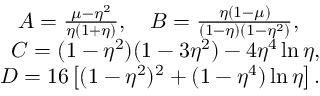
\begin{array} { r } { A = \frac { \mu - \eta ^ { 2 } } { \eta ( 1 + \eta ) } , \quad B = \frac { \eta ( 1 - \mu ) } { ( 1 - \eta ) ( 1 - \eta ^ { 2 } ) } , \quad } \\ { C = ( 1 - \eta ^ { 2 } ) ( 1 - 3 \eta ^ { 2 } ) - 4 \eta ^ { 4 } \ln { \eta } , } \\ { D = 1 6 \left[ ( 1 - \eta ^ { 2 } ) ^ { 2 } + ( 1 - \eta ^ { 4 } ) \ln { \eta } \right] . } \end{array}